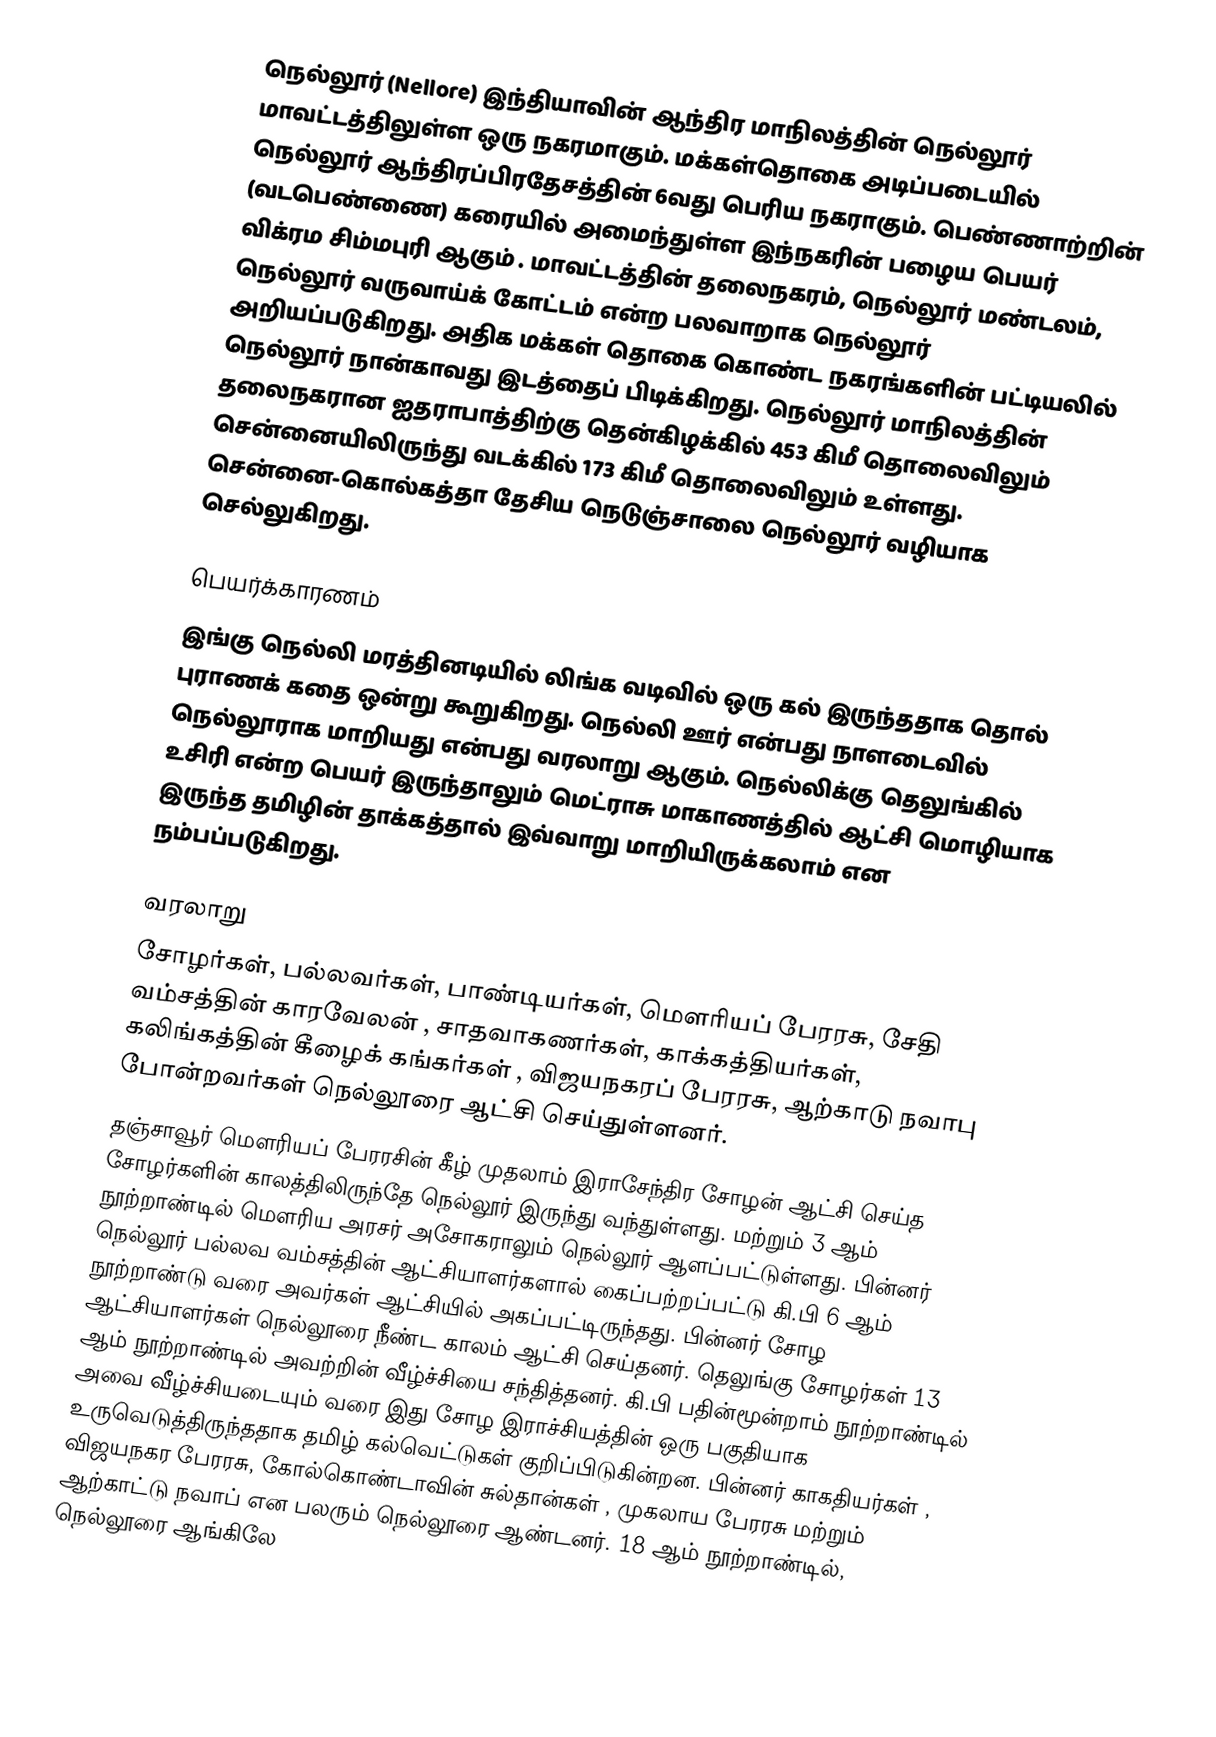
நெல்லூர் (Nellore)  இந்தியாவின்   ஆந்திர மாநிலத்தின்  நெல்லூர் மாவட்டத்திலுள்ள  ஒரு நகரமாகும். மக்கள்தொகை அடிப்படையில் நெல்லூர் ஆந்திரப்பிரதேசத்தின் 6வது பெரிய நகராகும்.  பெண்ணாற்றின்   (வடபெண்ணை)  கரையில் அமைந்துள்ள இந்நகரின் பழைய பெயர் விக்ரம சிம்மபுரி ஆகும் . மாவட்டத்தின் தலைநகரம், நெல்லூர் மண்டலம், நெல்லூர் வருவாய்க் கோட்டம்  என்ற பலவாறாக நெல்லூர் அறியப்படுகிறது. அதிக மக்கள் தொகை கொண்ட நகரங்களின் பட்டியலில் நெல்லூர் நான்காவது இடத்தைப் பிடிக்கிறது. நெல்லூர் மாநிலத்தின் தலைநகரான ஐதராபாத்திற்கு  தென்கிழக்கில் 453 கிமீ தொலைவிலும் சென்னையிலிருந்து வடக்கில் 173 கிமீ தொலைவிலும் உள்ளது. சென்னை-கொல்கத்தா தேசிய நெடுஞ்சாலை நெல்லூர்  வழியாக செல்லுகிறது.

பெயர்க்காரணம்
இங்கு நெல்லி மரத்தினடியில் லிங்க வடிவில் ஒரு கல் இருந்ததாக தொல் புராணக் கதை ஒன்று கூறுகிறது. நெல்லி ஊர் என்பது நாளடைவில் நெல்லூராக மாறியது என்பது வரலாறு ஆகும். நெல்லிக்கு தெலுங்கில் உசிரி என்ற பெயர் இருந்தாலும் மெட்ராசு மாகாணத்தில் ஆட்சி மொழியாக இருந்த தமிழின் தாக்கத்தால் இவ்வாறு மாறியிருக்கலாம் என நம்பப்படுகிறது.

வரலாறு
சோழர்கள், பல்லவர்கள், பாண்டியர்கள், மௌரியப் பேரரசு, சேதி வம்சத்தின் காரவேலன்  , சாதவாகணர்கள், காக்கத்தியர்கள், கலிங்கத்தின் கீழைக் கங்கர்கள் , விஜயநகரப் பேரரசு, ஆற்காடு நவாபு போன்றவர்கள் நெல்லூரை ஆட்சி செய்துள்ளனர்.
தஞ்சாவூர் மௌரியப் பேரரசின் கீழ் முதலாம் இராசேந்திர சோழன்  ஆட்சி செய்த சோழர்களின் காலத்திலிருந்தே நெல்லூர் இருந்து வந்துள்ளது. மற்றும் 3 ஆம் நூற்றாண்டில் மௌரிய அரசர் அசோகராலும்  நெல்லூர் ஆளப்பட்டுள்ளது. பின்னர் நெல்லூர் பல்லவ வம்சத்தின் ஆட்சியாளர்களால் கைப்பற்றப்பட்டு கி.பி 6 ஆம் நூற்றாண்டு வரை அவர்கள் ஆட்சியில் அகப்பட்டிருந்தது. பின்னர் சோழ ஆட்சியாளர்கள் நெல்லூரை நீண்ட காலம் ஆட்சி செய்தனர். தெலுங்கு சோழர்கள் 13 ஆம் நூற்றாண்டில் அவற்றின் வீழ்ச்சியை சந்தித்தனர். கி.பி பதின்மூன்றாம் நூற்றாண்டில் அவை வீழ்ச்சியடையும் வரை இது சோழ இராச்சியத்தின் ஒரு பகுதியாக உருவெடுத்திருந்ததாக  தமிழ் கல்வெட்டுகள் குறிப்பிடுகின்றன.  பின்னர் காகதியர்கள் , விஜயநகர பேரரசு, கோல்கொண்டாவின் சுல்தான்கள் , முகலாய பேரரசு மற்றும் ஆற்காட்டு நவாப் என பலரும் நெல்லூரை ஆண்டனர்.  18 ஆம் நூற்றாண்டில், நெல்லூரை ஆங்கிலே